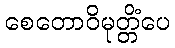
စေတောဝိမုတ္တိံပေ